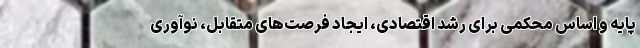
پایه و اساس محکمی برای رشد اقتصادی، ایجاد فرصت‌های متقابل، نوآوری